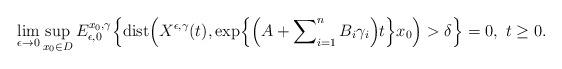
LaTeX: \begin{align*}\lim_{\epsilon \rightarrow 0} \sup_{x_0 \in D} E_{\epsilon,0}^{x_0,\gamma} \Bigl\{ \operatorname{dist} \Bigl(X^{\epsilon,\gamma}(t), \exp \Bigl\{\Bigl( A + \sum\nolimits_{i=1}^n B_i \gamma_i\Bigr)t\Bigr\}x_0 \Bigr) > \delta \Bigr\} = 0, \,\, t \ge 0. \end{align*}